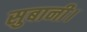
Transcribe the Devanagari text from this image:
सुबानी।